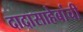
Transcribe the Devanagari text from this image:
दादासाहेबांची